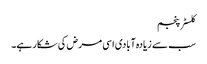
کلسٹر پنجم
سب سے زیادہ آبادی اسی مرض کی شکار ہے۔